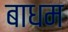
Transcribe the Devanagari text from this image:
बाधम